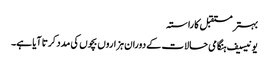
بہتر مستقبل کا راستہ
یونیسیف ہنگامی حالات کے دوران ہزاروں بچوں کی مدد کرتا آیا ہے۔